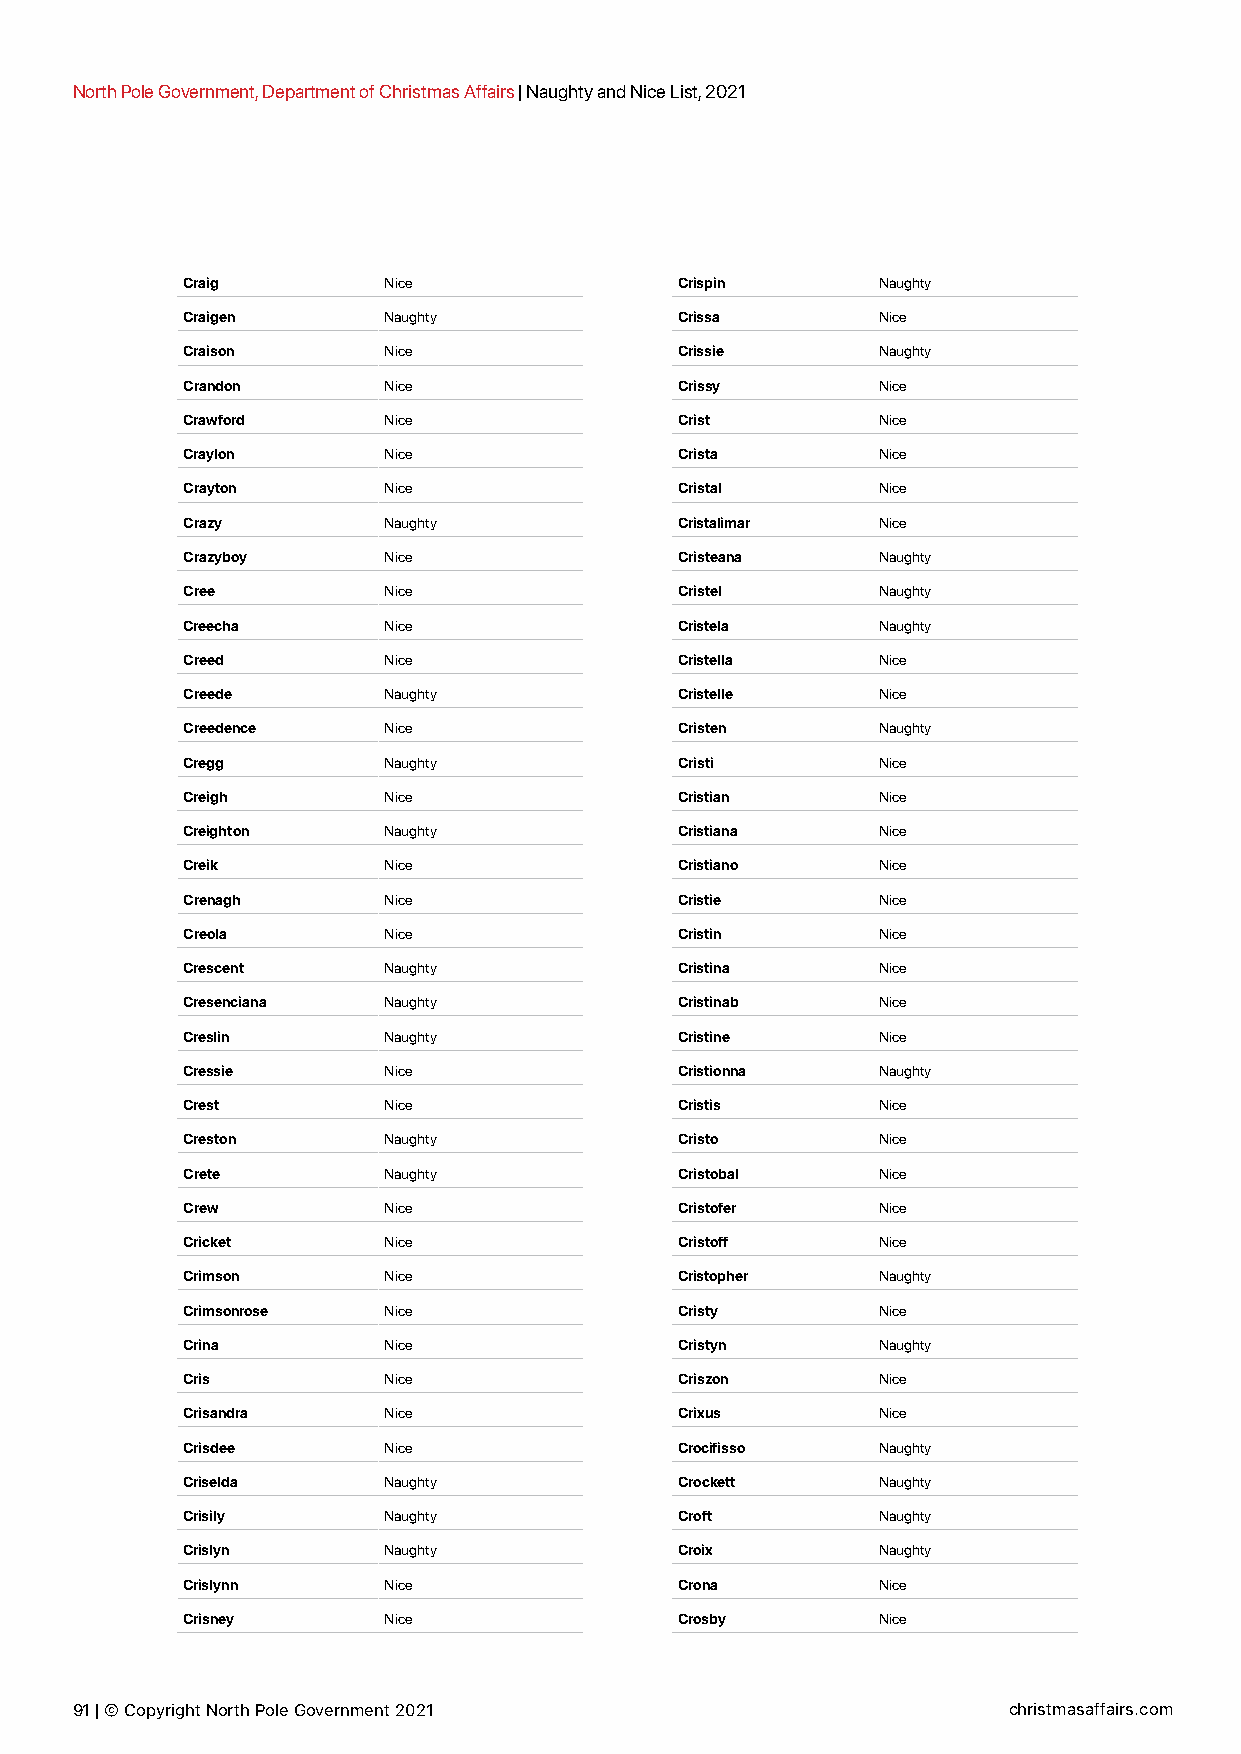
North Pole Government, Department of Christmas Affairs | Naughty and Nice List, 2021
 Craig        Nice                Crispin      Naughty
 Craigen      Naughty             Crissa       Nice
 Craison      Nice                Crissie      Naughty
 Crandon      Nice                Crissy       Nice
 Crawford     Nice                Crist        Nice
 Craylon      Nice                Crista       Nice
 Crayton      Nice                Cristal      Nice
 Crazy        Naughty             Cristalimar  Nice
 Crazyboy     Nice                Cristeana    Naughty
 Cree         Nice                Cristel      Naughty
 Creecha      Nice                Cristela     Naughty
 Creed        Nice                Cristella    Nice
 Creede       Naughty             Cristelle    Nice
 Creedence    Nice                Cristen      Naughty
 Cregg        Naughty             Cristi       Nice
 Creigh       Nice                Cristian     Nice
 Creighton    Naughty             Cristiana    Nice
 Creik        Nice                Cristiano    Nice
 Crenagh      Nice                Cristie      Nice
 Creola       Nice                Cristin      Nice
 Crescent     Naughty             Cristina     Nice
 Cresenciana  Naughty             Cristinab    Nice
 Creslin      Naughty             Cristine     Nice
 Cressie      Nice                Cristionna   Naughty
 Crest        Nice                Cristis      Nice
 Creston      Naughty             Cristo       Nice
 Crete        Naughty             Cristobal    Nice
 Crew         Nice                Cristofer    Nice
 Cricket      Nice                Cristoff     Nice
 Crimson      Nice                Cristopher   Naughty
 Crimsonrose  Nice                Cristy       Nice
 Crina        Nice                Cristyn      Naughty
 Cris         Nice                Criszon      Nice
 Crisandra    Nice                Crixus       Nice
 Crisdee      Nice                Crocifisso   Naughty
 Criselda     Naughty             Crockett     Naughty
 Crisily      Naughty             Croft        Naughty
 Crislyn      Naughty             Croix        Naughty
 Crislynn     Nice                Crona        Nice
 Crisney      Nice                Crosby       Nice
 91 | © Copyright North Pole Government 2021                   christmasaffairs.com